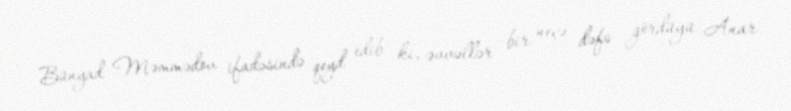
Bünyad Məmmədov ifadəsində qeyd edib ki, əvvəllər bir neçə dəfə gördüyü Anar